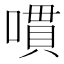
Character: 𱔔